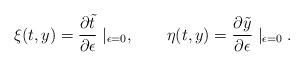
LaTeX: \begin{align*}\xi(t,y)=\frac{\partial{\tilde{t}}}{\partial{\epsilon}}\mid_{\epsilon=0},~~~~~~\eta(t,y)=\frac{\partial{\tilde{y}}}{\partial{\epsilon}}\mid_{\epsilon=0}.\end{align*}